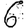
Digit: 6